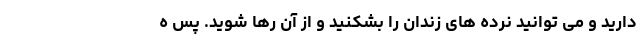
دارید و می توانید نرده های زندان را بشکنید و از آن رها شوید. پس ه